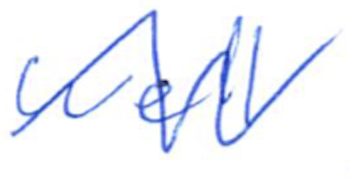
Text: well
Cross-out: mix
Writing tool: ballpoint